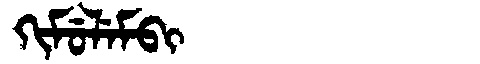
Manchu: ᡴᡳᠮᡠᠯᡝᠮᠪᡳ
Romanization: KIMULEMBI